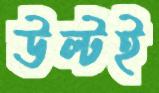
উল্‌টই